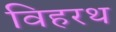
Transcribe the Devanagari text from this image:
विहरथ